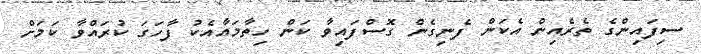
ސިފައިންގެ ތެރެއިން އެކަން ފެނިގެން ގޮސްފައިވާ ކަން ހިތާމައާއެކު ފާހަގަ ކުރައްވާ ކަމަށް